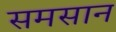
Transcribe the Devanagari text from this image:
समसान